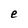
Character: e